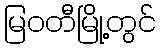
မြဝတီမြို့တွင်